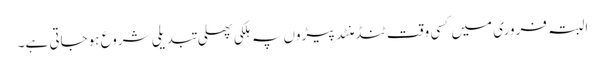
البتہ فروری میں کسی وقت ٹنڈ منٹد پیڑوں پہ ہلکی پھلی تبدیلی شروع ہوجاتی ہے۔